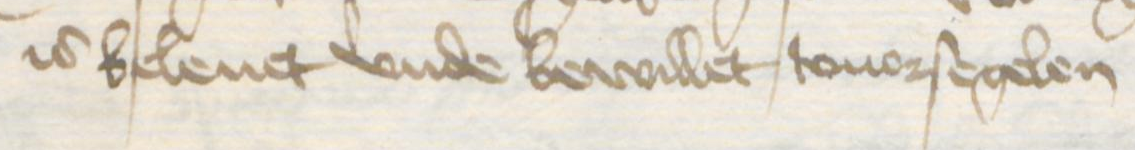
Transcription: is beleuet vnde bewillet touorsegelen